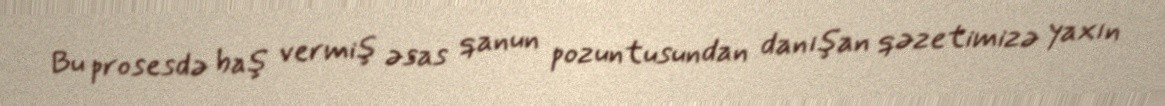
Bu prosesdə baş vermiş əsas qanun pozuntusundan danışan qəzetimizə yaxın